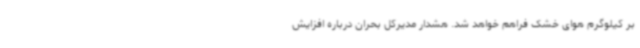
بر کیلوگرم هوای خشک فراهم خواهد شد. هشدار مدیرکل بحران درباره افزایش